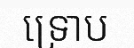
ទ្រោប